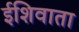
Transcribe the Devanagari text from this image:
ईशिवाता